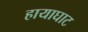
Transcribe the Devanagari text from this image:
हायाघाट